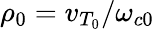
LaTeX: \rho_{0}=v_{T_{0}}/\omega_{c0}